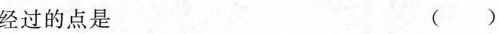
经过的点是()